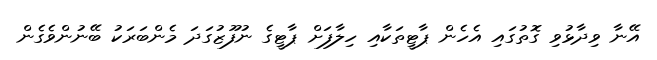
އޭނާ ވިދާޅުވި ގޮތުގައި އެހެން ޕާޓީތަކާއި ހިލާފަށް ޕާޓީގެ ނުފޫޒުގަދަ މެންބަރަކު ބޭނުންވެގެން